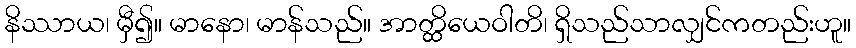
နိဿာယ၊ မှီ၍။ မာနော၊ မာန်သည်။ အာတ္ထိယေဝါတိ၊ ရှိသည်သာလျှင်ကတည်းဟူ။